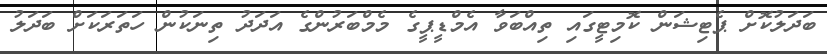
ބަދަލުކޮށް ޕެޓިޝަން ކޮމިޓީގައި ތިއްބަވާ އެމްޑީޕީގެ މެމްބަރުންގެ އަދަދު ތިނަކުން ހަތަރަކަށް ބަދަލު